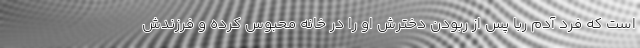
است که فرد آدم ربا پس از ربودن دخترش او را در خانه محبوس کرده و فرزندش